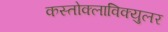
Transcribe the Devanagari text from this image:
कस्तोक्लाविक्युलर